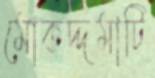
মোকদ্দমাটি